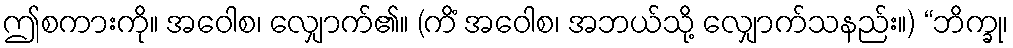
ဤစကားကို။ အဝေါစ၊ လျှောက်၏။ (ကိံ အဝေါစ၊ အဘယ်သို့ လျှောက်သနည်း။) “ဘိက္ခု၊